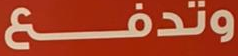
وتدفع